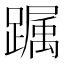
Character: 𨅛